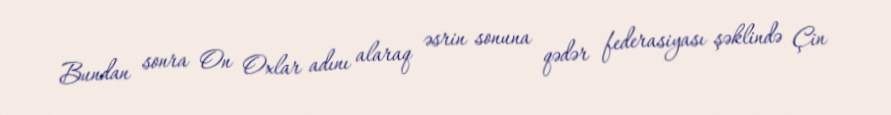
Bundan sonra On Oxlar adını alaraq əsrin sonuna qədər federasiyası şəklində Çin